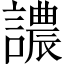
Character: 譨